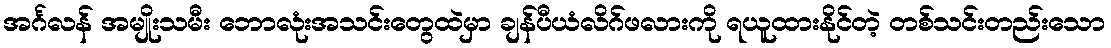
အင်္ဂလန် အမျိုးသမီး ဘောလုံးအသင်းတွေထဲမှာ ချန်ပီယံလိဂ်ဖလားကို ရယူထားနိုင်တဲ့ တစ်သင်းတည်းသော